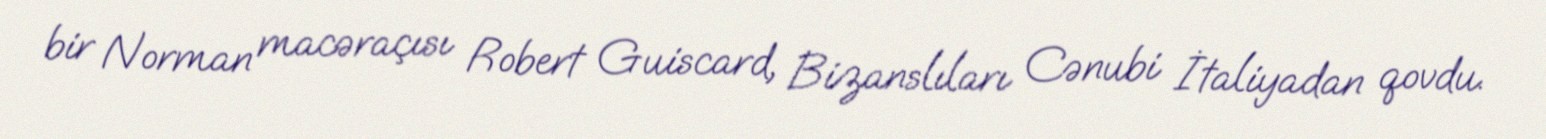
bir Norman macəraçısı Robert Guiscard, Bizanslıları Cənubi İtaliyadan qovdu.